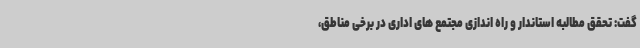
گفت: تحقق مطالبه استاندار و راه اندازی مجتمع های اداری در برخی مناطق،